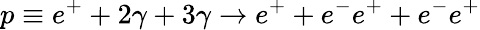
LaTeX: p\equiv e^{+}+2\gamma+3\gamma\rightarrow e^{+}+e^{-}e^{+}+e^{-}e^{+}